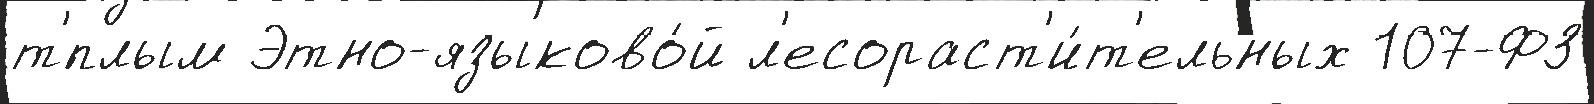
т'́плым Этно-языково́й л'есораст'и́т'ельных 107-ФЗ